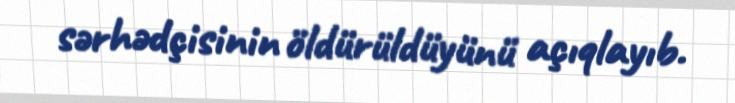
sərhədçisinin öldürüldüyünü açıqlayıb.